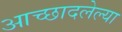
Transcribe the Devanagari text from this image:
आच्छादलेल्या